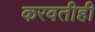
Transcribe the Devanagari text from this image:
करवतीही